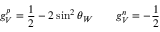
g _ { V } ^ { p } = \frac { 1 } { 2 } - 2 \sin ^ { 2 } \theta _ { W } \qquad g _ { V } ^ { n } = - \frac { 1 } { 2 }